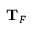
{ \bf { T } } _ { F }